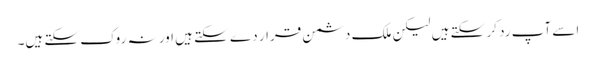
اسے آپ رد کر سکتے ہیں لیکن ملک دشمن قرار دے سکتے ہیں اور نہ روک سکتے ہیں۔